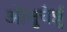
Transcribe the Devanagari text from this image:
ऒत्तुचेर्न्नु